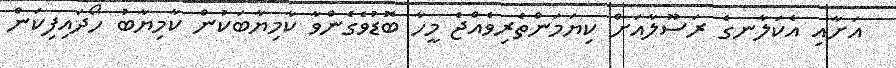
އަށާއި އެކަލާނގެ ރަސޫލާއަށް ކިޔަމަންތެރިވެއްޖެ މީހާ ބޮޑުވެގެންވާ ކާމިޔާބަކުން ކާމިޔާބު ހޯދައިފިކަން